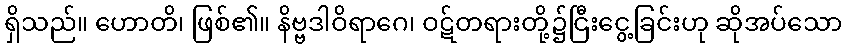
ရှိသည်။ ဟောတိ၊ ဖြစ်၏။ နိဗ္ဗဒါဝိရာဂေ၊ ဝဋ်တရားတို့၌ငြီးငွေ့ခြင်းဟု ဆိုအပ်သော